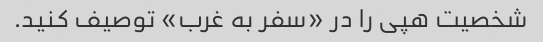
شخصیت هپی را در «سفر به غرب» توصیف کنید.